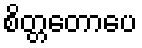
စိတ္တတောပေ